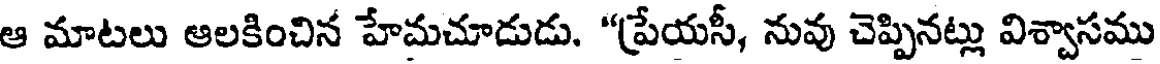
ఆ మాటలు ఆలకించిన హేమచూడుడు. "ప్రేయసీ, నువు చెప్పినట్లు విశ్వాసము